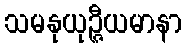
သမနုယုဉ္ဇီယမာနာ